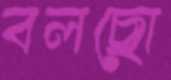
বলছো